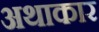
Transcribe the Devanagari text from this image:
अथाकार